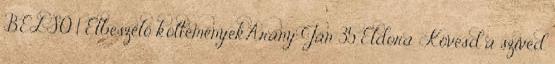
BELSŐ 1 Elbeszélő költeményekArany Ján 35 Eldora Kövesd a szíved